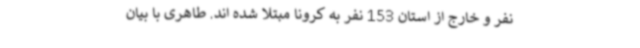
نفر و خارج از استان 153 نفر به کرونا مبتلا شده اند. طاهری با بیان